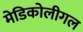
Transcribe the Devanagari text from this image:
मेडिकोलीगल